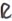
Text: R